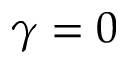
\gamma = 0